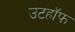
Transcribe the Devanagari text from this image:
उटहॉफ